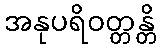
အနုပရိဝတ္တန္တိ